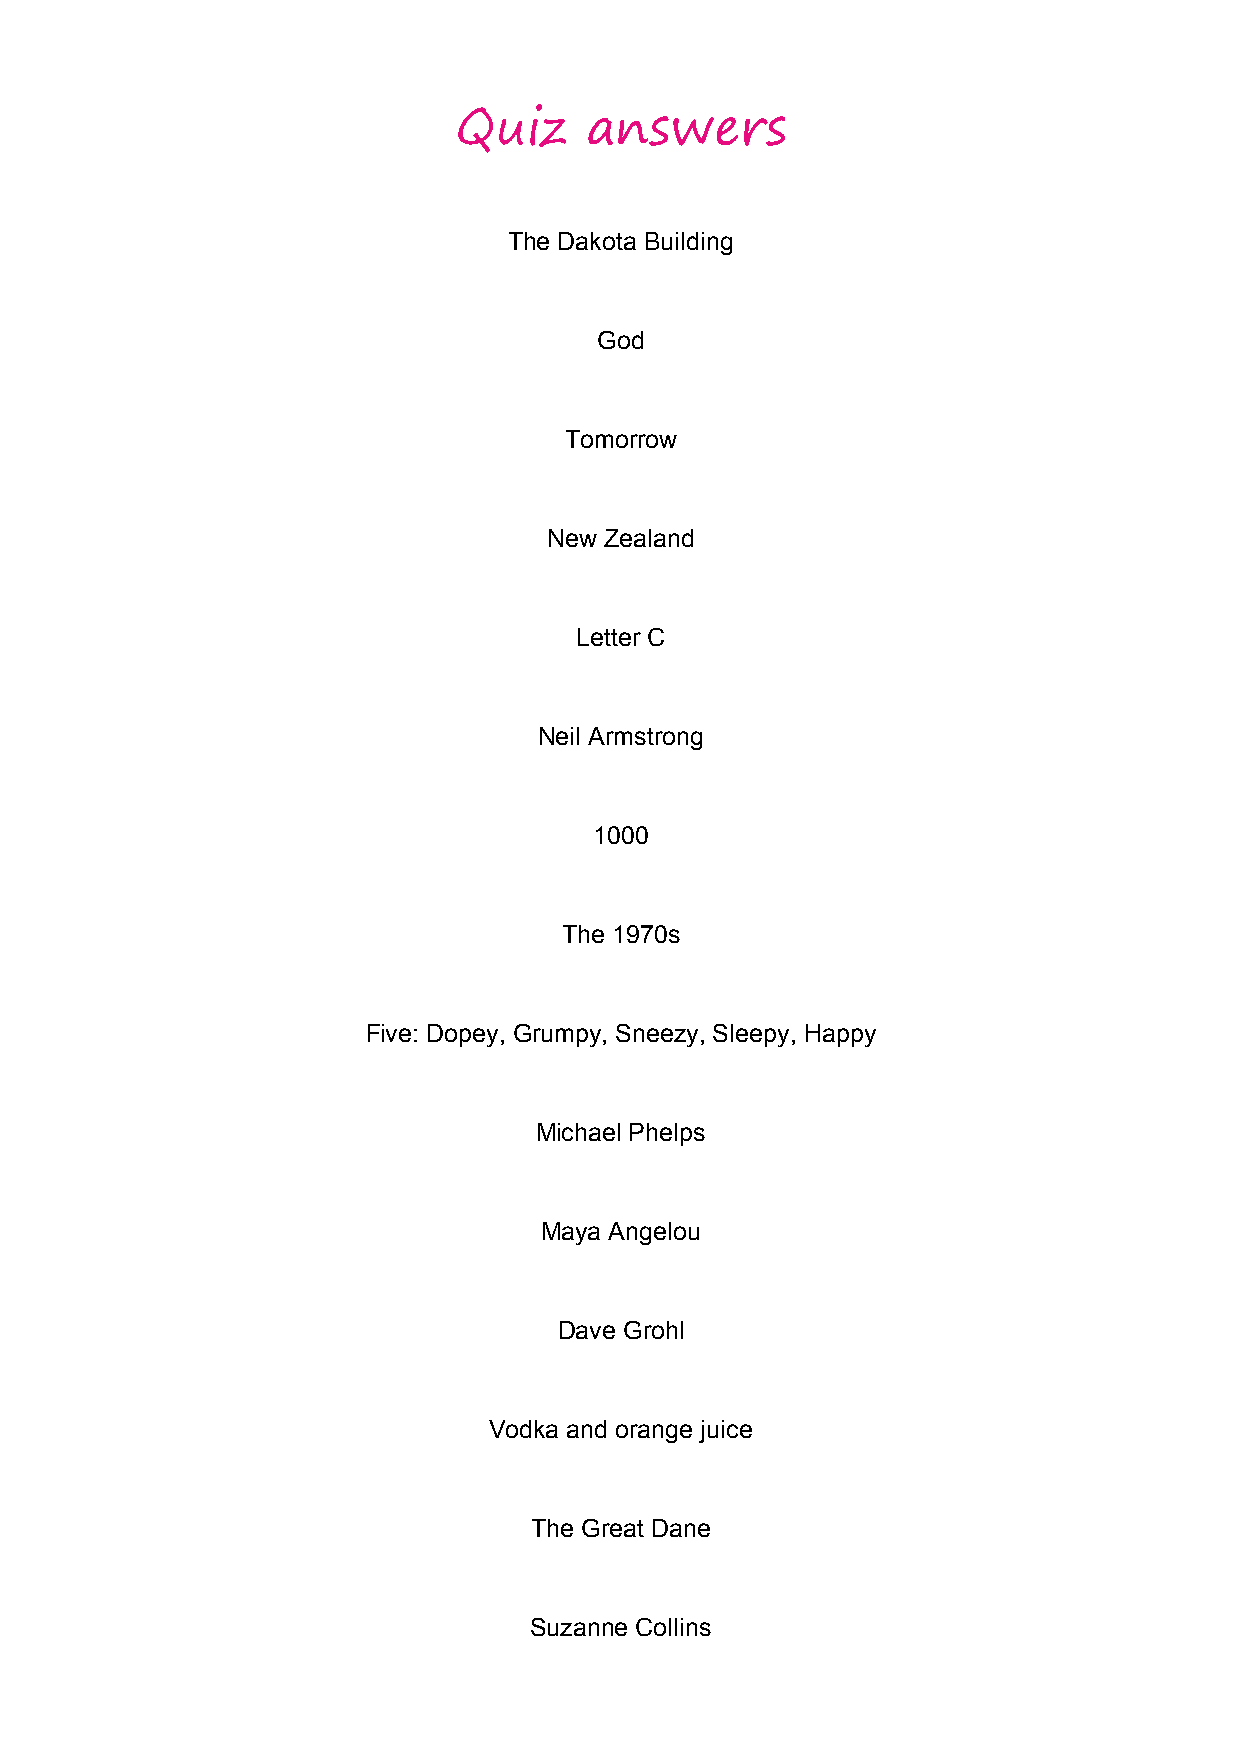
Quiz     answers
 The Dakota Building
 God
 Tomorrow
 New Zealand
 Letter C
 Neil Armstrong
 1000
 The 1970s
 Five: Dopey, Grumpy, Sneezy, Sleepy, Happy
 Michael Phelps
 Maya Angelou
 Dave Grohl
 Vodka and orange juice
 The Great Dane
 Suzanne Collins